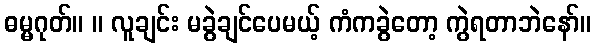
ဓမ္မဂုတ်။ ။ လူချင်း မခွဲချင်ပေမယ့် ကံကခွဲတော့ ကွဲရတာဘဲနော်။